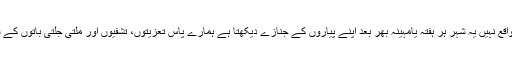
سانحہ کوئٹہ پہلا واقع نہیں یہ شہر ہر ہفتہ یامہینہ بھر بعد اپنے پیاروں کے جنازے دیکھتا ہے ہمارے پاس تعزیتوں، تشفیوں اور ملتی جلتی باتوں کے سوا کیا رکھا ہے ۔